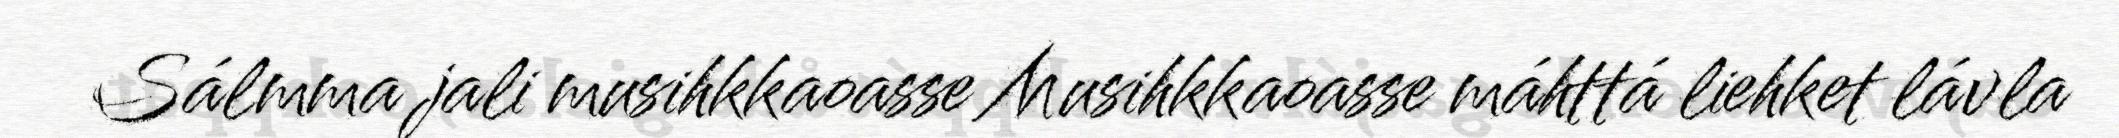
Sálmma jali musihkkaoasse Musihkkaoasse máhttá liehket lávla